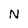
Character: N